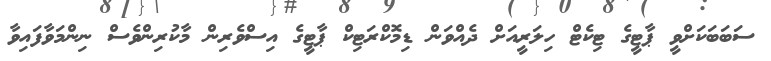
ސަބަބަކަށްވީ ޕާޓީގެ ޓިކެޓް ހިލަރީއަށް ދެއްވަން ޑިމޮކްރަޓިކް ޕާޓީގެ އިސްވެރިން މާކުރިންވެސް ނިންމަވާފައިވާ